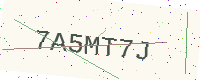
Text: 7A5MT7J